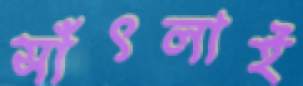
সাঁৎলাই